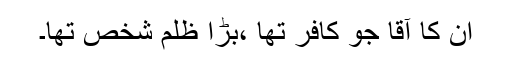
ان کا آقا جو کافر تھا ،بڑا ظلم شخص تھا۔